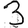
Digit: 3